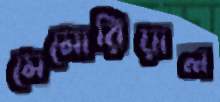
মেমোরিয়াল